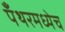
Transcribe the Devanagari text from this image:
पँथरमध्येच